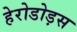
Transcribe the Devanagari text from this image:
हेरोडोड़स